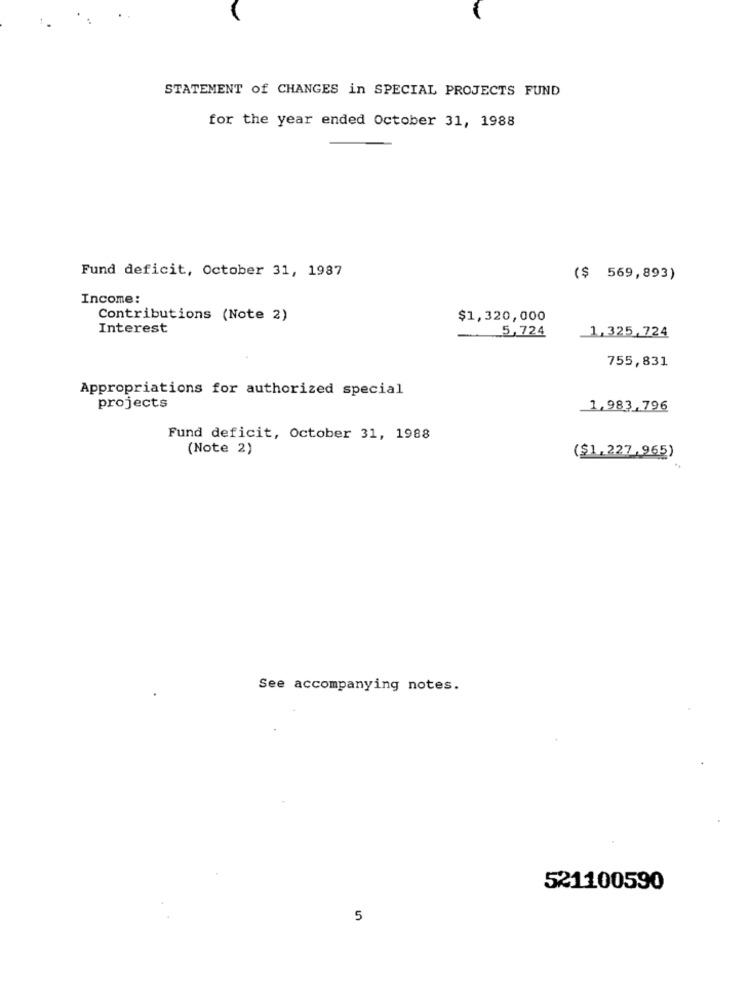
STATEMENT of CHANGES in SPECIAL PROJECTS FUND
for the year ended October 31, 1988
Fund deficit, October 31, 1987
($ 569,893)
Income:
Contributions (Note 2)
$1,320,000
Interest
5,724
1,325,724
755,831
Appropriations for authorized special
projects
1,983.796
Fund deficit, October 31, 1988
(Note 2)
($1,227,965)
See accompanying notes.
521100590
5